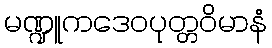
မဏ္ဍူကဒေဝပုတ္တဝိမာနံ